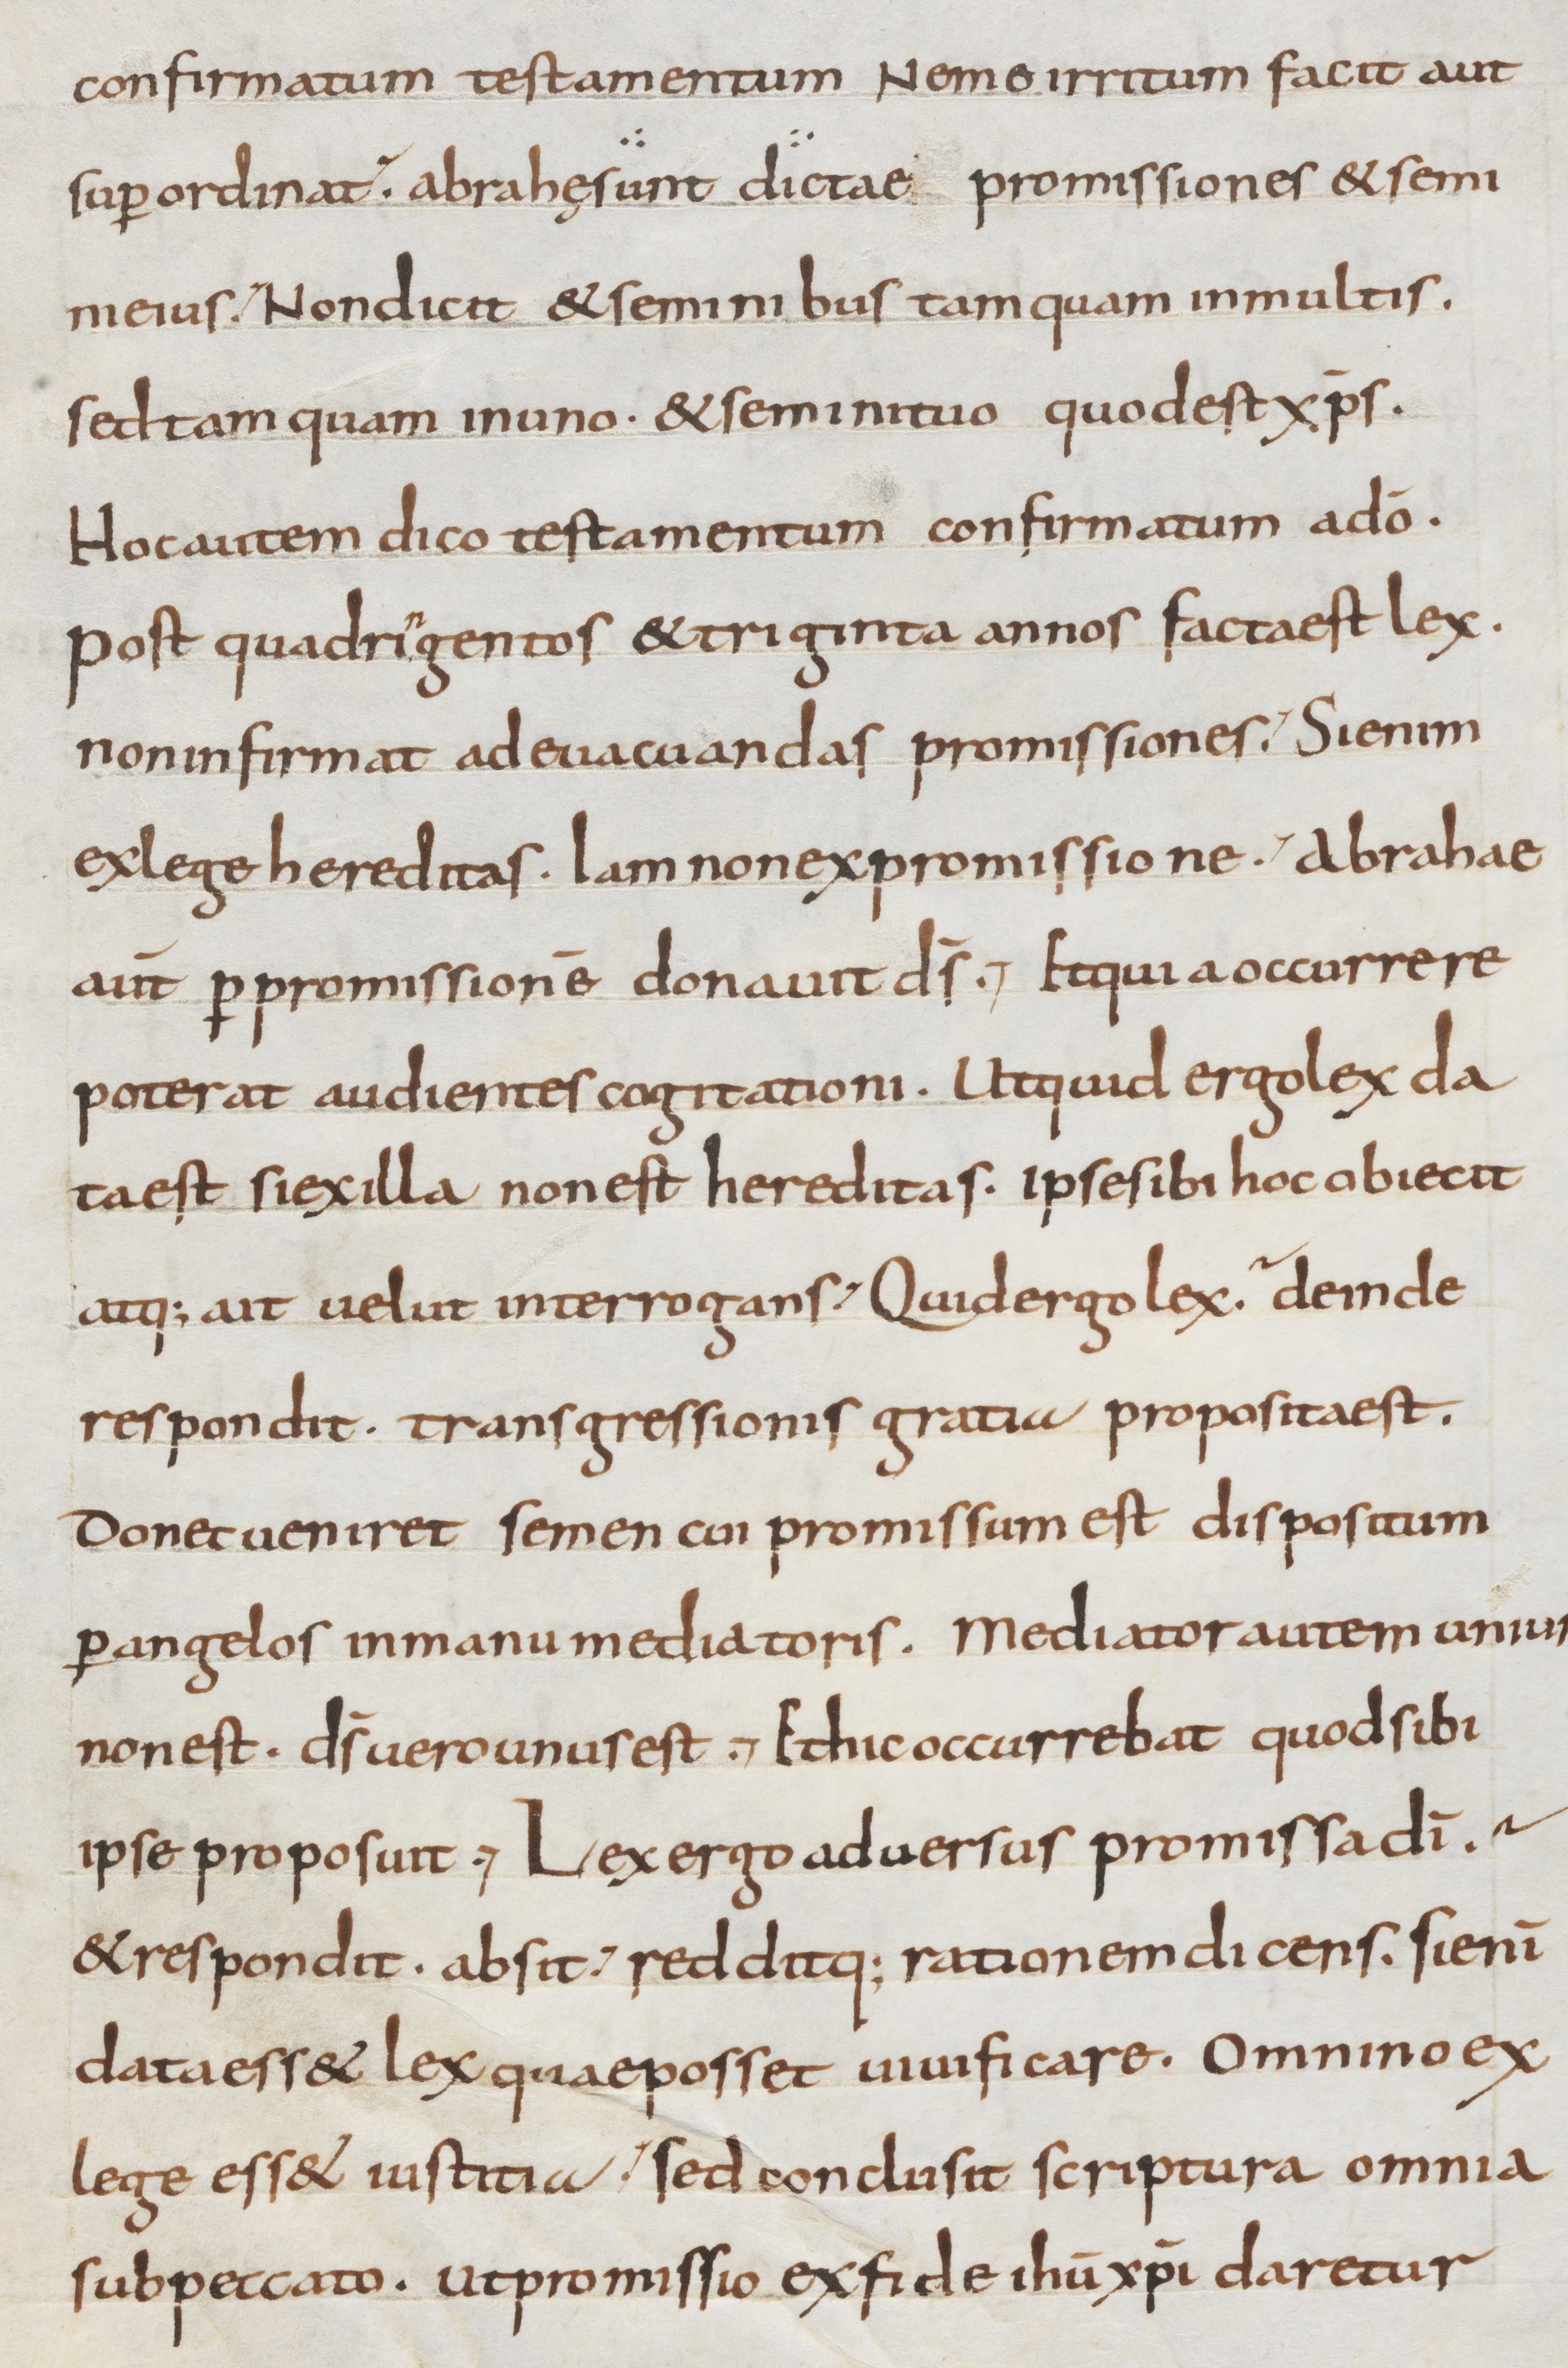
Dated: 800–899